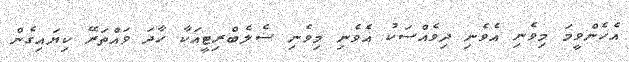
އެހެންވީމަ މިވެނި އެވެނި ދިވެއްސަކު އެވެނި މިވެނި ސެލެބްރިޓީއަކާ ހާދަ ވައްތަރޭ ކިޔައިގެން